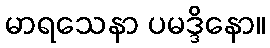
မာရသေနာ ပမဒ္ဒိနော။